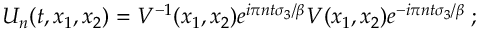
U _ { n } ( t , x _ { 1 } , x _ { 2 } ) = V ^ { - 1 } ( x _ { 1 } , x _ { 2 } ) e ^ { i \pi n t \sigma _ { 3 } / \beta } V ( x _ { 1 } , x _ { 2 } ) e ^ { - i \pi n t \sigma _ { 3 } / \beta } \; ;